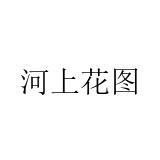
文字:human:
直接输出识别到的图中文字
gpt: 河上花图